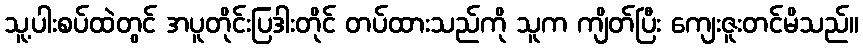
သူ့ပါးစပ်ထဲတွင် အပူတိုင်းပြဒါးတိုင် တပ်ထားသည်ကို သူက ကျိတ်ပြီး ကျေးဇူးတင်မိသည်။